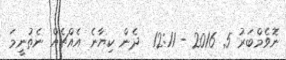
ނޮވެމްބަރު 5